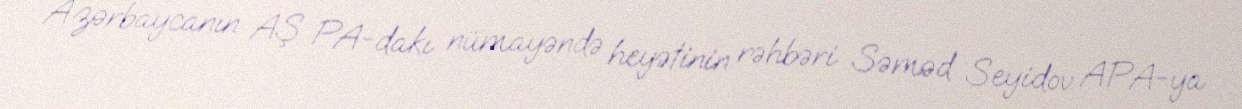
Azərbaycanın AŞ PA-dakı nümayəndə heyətinin rəhbəri Səməd Seyidov APA-ya